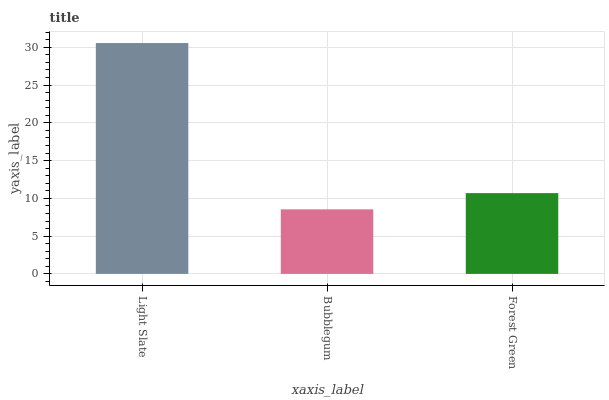
| xaxis_label | bars |
 | --- | --- |
 | Light Slate | 30.6 |
 | Bubblegum | 8.55 |
 | Forest Green | 10.7 |